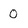
Character: 0